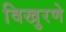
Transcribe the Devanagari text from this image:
विखुरणे